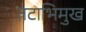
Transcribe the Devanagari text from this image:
तटाभिमुख